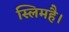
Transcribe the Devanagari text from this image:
स्लिमहै।